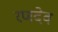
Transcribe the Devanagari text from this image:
रणदेव